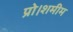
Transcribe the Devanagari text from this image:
प्रो।शमीम